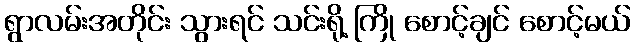
ရွာလမ်းအတိုင်း သွားရင် သင်းရို့ ကြို စောင့်ချင် စောင့်မယ်